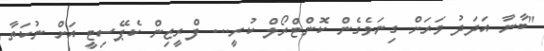
"ބާނާ އަދަދު ވަރަށް ގިނަވެގެން ކޮންޓްރޯލް ކުރީ... ފްރީޒިން ކެޕޭސިޓީ އަށް ނުކަތާ